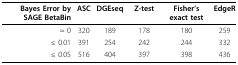
<table><thead><tr><td><b>Bayes Error by SAGE BetaBin</b></td><td><b>ASC</b></td><td><b>DGEseq</b></td><td><b>Z-test</b></td><td><b>Fisher&#x27;s exact test</b></td><td><b>EdgeR</b></td></tr></thead><tbody><tr><td>≈ 0</td><td>320</td><td>189</td><td>178</td><td>180</td><td>259</td></tr><tr><td>≤ 0.01</td><td>391</td><td>254</td><td>242</td><td>244</td><td>332</td></tr><tr><td>≤ 0.05</td><td>516</td><td>404</td><td>397</td><td>398</td><td>436</td></tr></tbody></table>